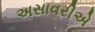
અસાવરીએ